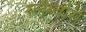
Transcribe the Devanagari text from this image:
स्लैम्बोरी